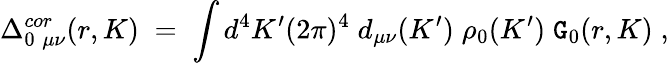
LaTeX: \Delta_{0\; \mu\nu}^{cor}(r,K)\; =\; \int{d^{4}K^{\prime}}{(2\pi)^{4}}\; d_{\mu\nu}(K^{\prime})\; \rho_{0}(K^{\prime})\; {\tt G}_{0}(r,K)\; ,